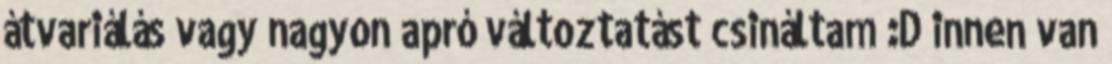
átvariálás vagy nagyon apró változtatást csináltam :D innen van